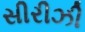
સીરીઝી